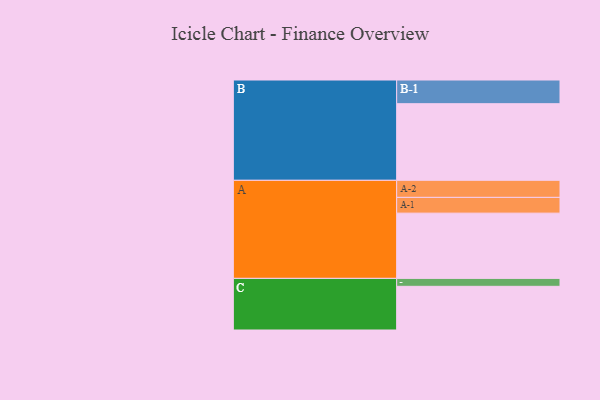
{"axis": {"x": "Segment", "y": "Value"}, "legend": ["", "A", "B", "C"], "data": [{"x": "A", "y": 493, "type": ""}, {"x": "B", "y": 579, "type": ""}, {"x": "C", "y": 330, "type": ""}, {"x": "A-1", "y": 119, "type": "A"}, {"x": "A-2", "y": 129, "type": "A"}, {"x": "B-1", "y": 179, "type": "B"}, {"x": "C-1", "y": 60, "type": "C"}]}